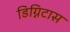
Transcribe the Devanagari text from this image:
डिग्निटास